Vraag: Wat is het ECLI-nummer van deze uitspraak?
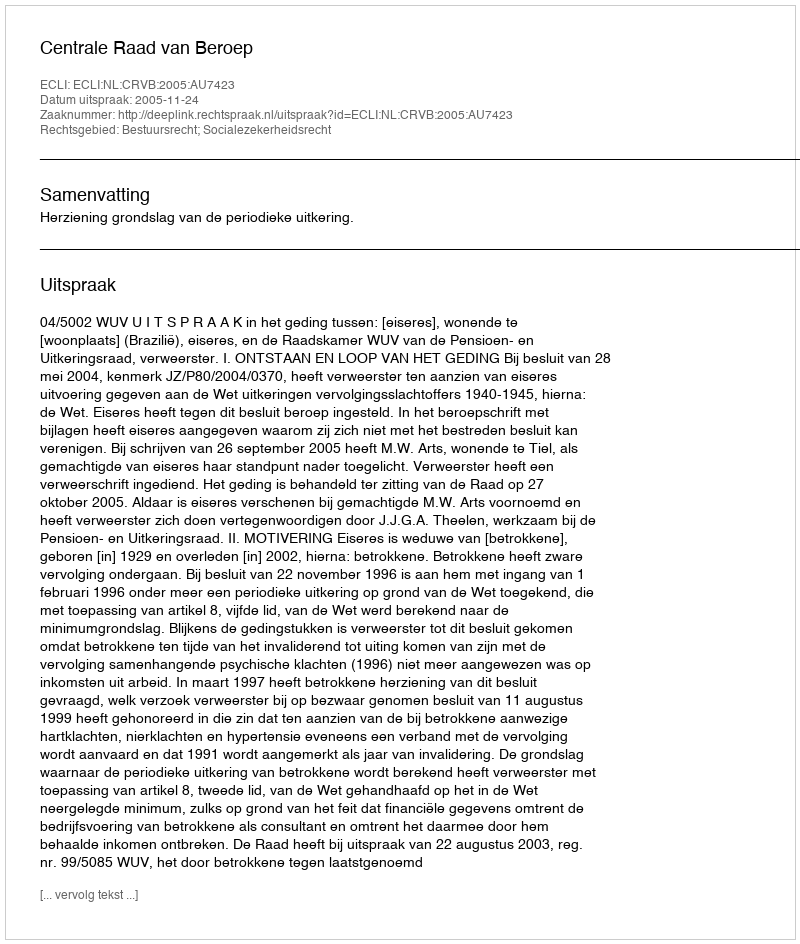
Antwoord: ECLI:NL:CRVB:2005:AU7423